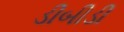
ડીબીડી